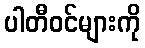
ပါတီဝင်များကို